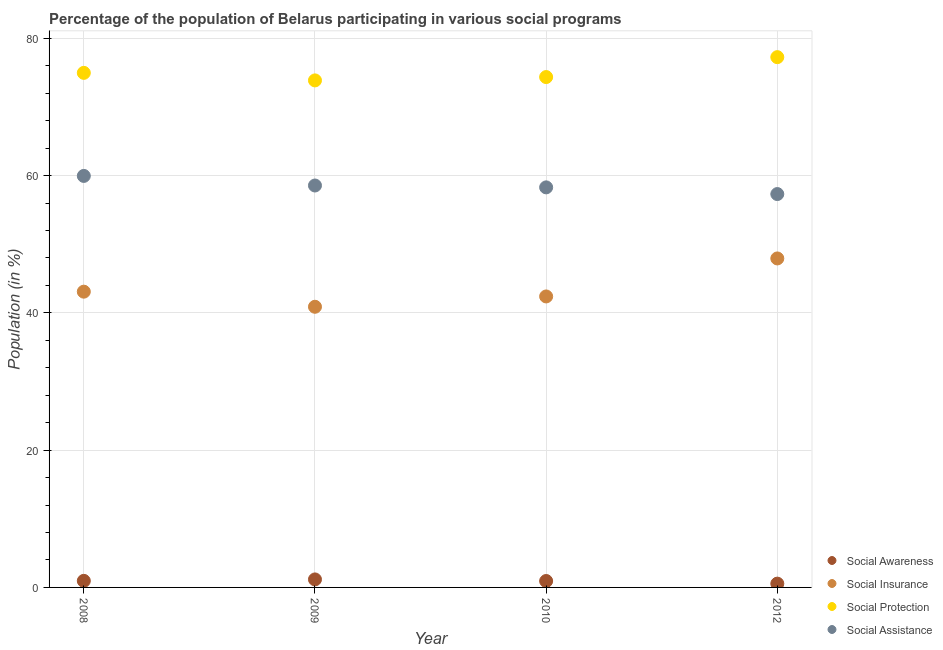
| Year | Social Awareness | Social Insurance | Social Protection | Social Assistance |
 | --- | --- | --- | --- | --- |
 | 2008 | 0.957 | 43.1 | 75 | 59.9 |
 | 2009 | 1.17 | 40.9 | 73.9 | 58.6 |
 | 2010 | 0.934 | 42.4 | 74.4 | 58.3 |
 | 2012 | 0.553 | 47.9 | 77.2 | 57.3 |